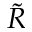
\tilde { R }